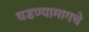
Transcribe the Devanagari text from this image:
घडण्यामागचे